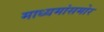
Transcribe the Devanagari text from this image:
माध्यमांसमोर